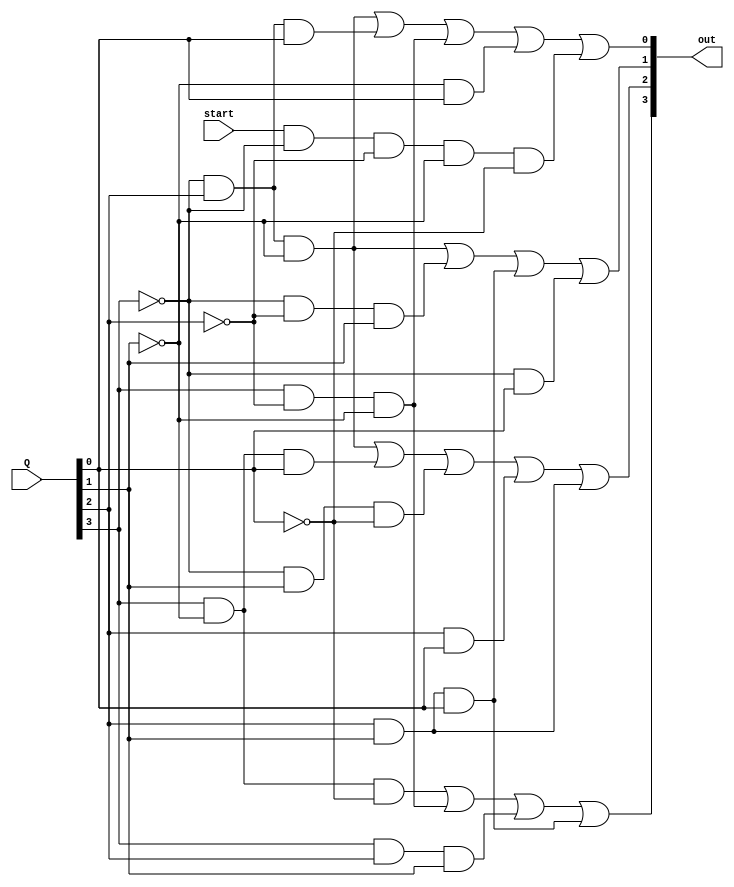
module next_state(out, start, Q);
	output [3:0] out;
	input [3:0] Q;
	input start;
	wire wD3_1, wD3_2, wD3_3, wD3_4;
	and a1 (wD3_1, Q[3], ~Q[1], ~Q[0]);
	and a2 (wD3_2, Q[3], ~Q[2], ~Q[1]);
	and a3 (wD3_3, Q[3], Q[2], Q[1]);
	and a4 (wD3_4, Q[2], Q[1], Q[0]);
	or o1 (out[3], wD3_1, wD3_2, wD3_3, wD3_4);
	
	wire wD2_1, wD2_2, wD2_3, wD2_4, wD2_5;
	and a5 (wD2_1, ~Q[3], Q[2], ~Q[1]);
	and a6 (wD2_2, Q[3], ~Q[1], Q[0]);
	and a7 (wD2_3, ~Q[3], Q[1], ~Q[0]);
	and a8 (wD2_4, Q[2], Q[0]);
	and a9 (wD2_5, Q[2], Q[1]);
	or o2 (out[2], wD2_1, wD2_2, wD2_3, wD2_4, wD2_5);
	
	wire wD1_1, wD1_2, wD1_3, wD1_4;
	and a10 (wD1_1, ~Q[3], Q[2], ~Q[1]);
	and a11 (wD1_2, ~Q[3], ~Q[2], Q[1]);
	and a12 (wD1_3, Q[2], Q[1], Q[0]);
	and a13 (wD1_4, ~Q[3], Q[0]);
	or o3 (out[1], wD1_1, wD1_2, wD1_3, wD1_4);

	wire wD0_1, wD0_2, wD0_3, wD0_4, wD0_5;
	and a14 (wD0_1, ~Q[3], Q[2], ~Q[1]);
	and a15 (wD0_2, ~Q[3], Q[2], Q[0]);
	and a16 (wD0_3, Q[3], ~Q[2], ~Q[1]);
	and a17 (wD0_4, ~Q[1], Q[0]);
	and a18 (wD0_5, start, ~Q[3], ~Q[2], ~Q[1], ~Q[0]);
	or o4 (out[0], wD0_1, wD0_2, wD0_3, wD0_4, wD0_5);
endmodule